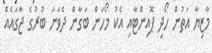
މާޒިޔާ އަތުން ހޯދި ޕޮއިންޓާއި އެކު މޯހަން ބަގާން ދެވަނަ ބުރުގެ ޖާގައެއް